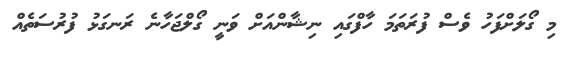
މި ގޯލަށްފަހު ވެސް ފުރަތަމަ ހާފްގައި ނިޝާންއަށް ވަނީ ގޯލްޖަހާނެ ރަނގަޅު ފުރުސަތެއް